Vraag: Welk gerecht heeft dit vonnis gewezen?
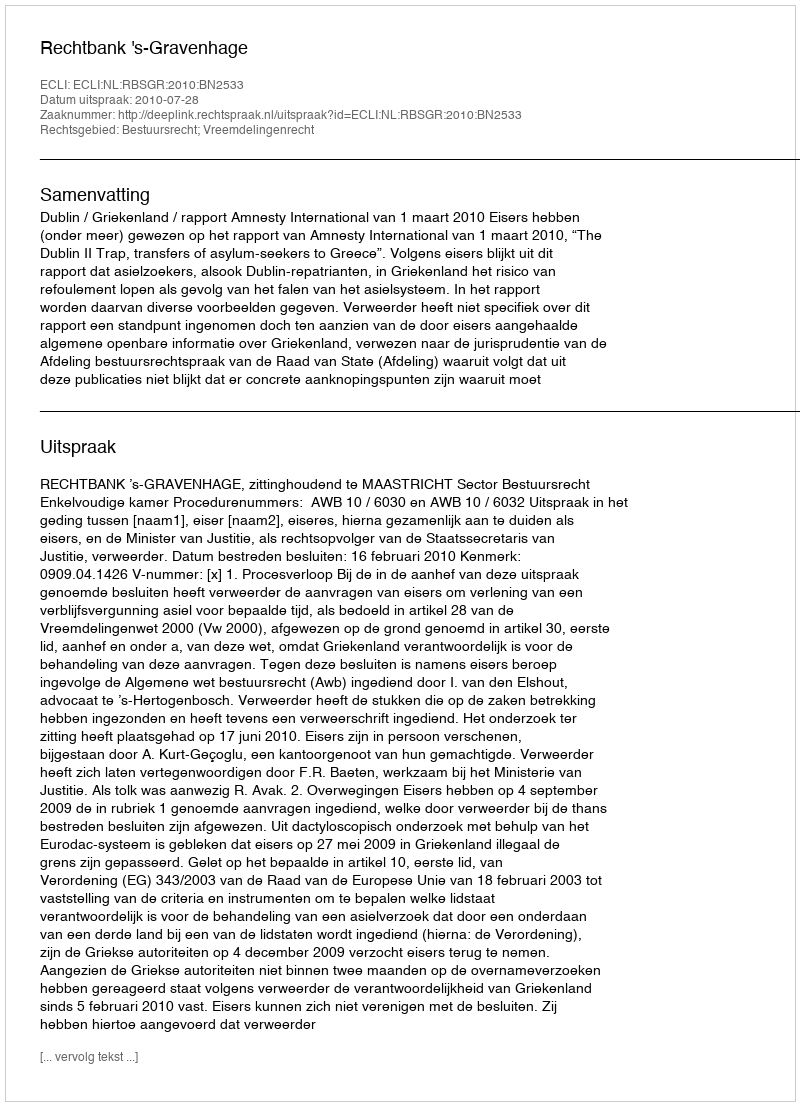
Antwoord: Rechtbank 's-Gravenhage